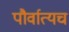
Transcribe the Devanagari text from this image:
पौर्वात्यच